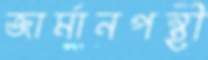
জার্মানপন্থী